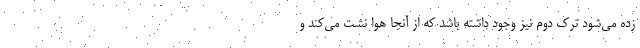
زده می‌شود ترک دوم نیز وجود داشته باشد که از آنجا هوا نشت می‌کند و